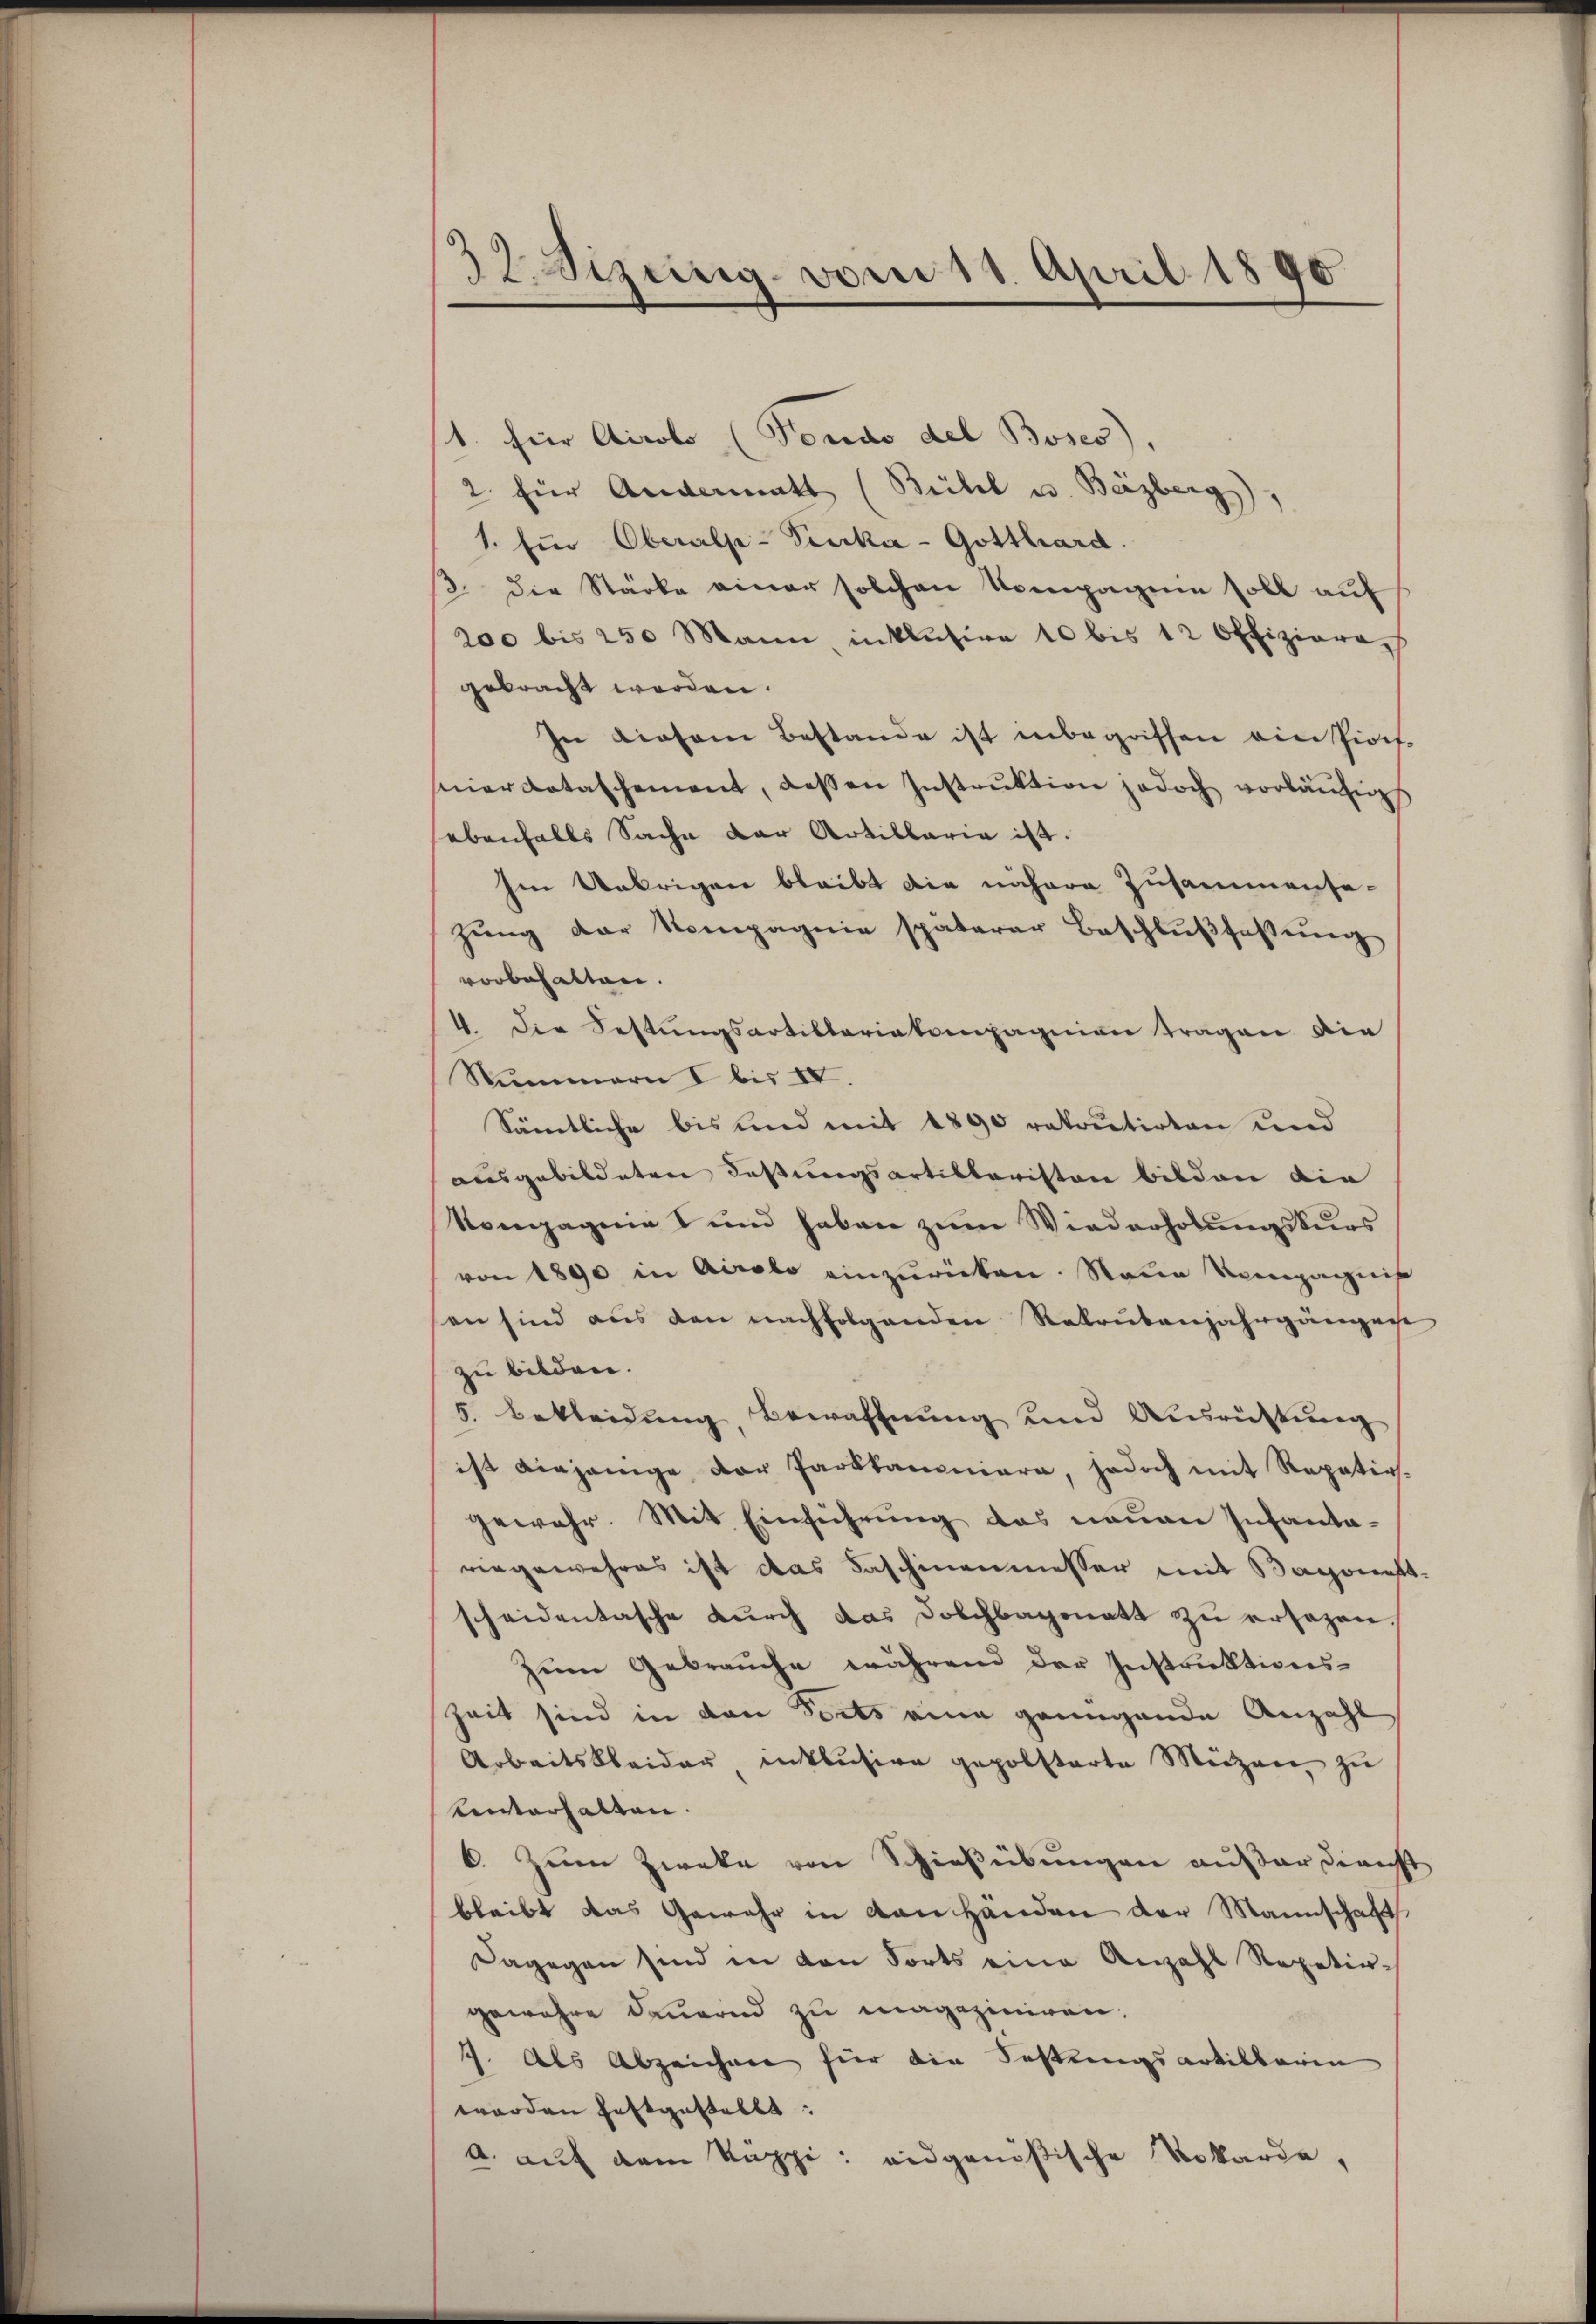
32 Sizung vom 18. April 1890

1. für Airolo (Fondo del Boses).
2. für Andermatt (Beikel u. Bäzberg),
1. für Oberalp-Pika- Gotthard.
2. die Stärke einer solchen Kompagnie soll auf
200 bis 250 Mann inklusive 10 bis 12 Offizierech
gebracht worden.
In Liesem Bestande ist inbegriffen ein Pioit.
nierdotaschement, deßen Instrŭktion jedoch vorläŭfig
ebenfalls Sache der Artillaria ist.
Ien Uebrigen bleibt die nähere Zusammensazung der Nompagnie späterer Beschlußfassung
vorbehalten.
4. Die Festungsartillariaternpagnien tragen die
Nummern I bis IV
Sämtliche bis und mit 1890 ratortirten und
ausgebildeten Festungsartiklaristen bilden die
Kompagnie I und haben zum Wiederholungskurs
von 1890 in Airolo einzurücken. Neue Kompagnis
an sind aus den nachfolgenden Rekrutenjahrgängere
zu bilden.
5. Bekleidŭng, Bewaffnŭng und Ausrichtŭng
ist diejenige der Parkkanoniere, jedoch mit Repetirgewahr. Mit Einführung das neuen Infanta-
vingewahres ist das Faschinenmesser mit Bagonestscheidentasche durch das Dolchbagonett zu ersezen
zum Gebrauche während der Instruktions¬
Zeit sind in den Forts eine genügende Anzahl
Arbeitskleider entbusire gepolsterte Mützen zu
Unterhalten.
6. Zum Zweke von Schießübungen außer dienst
bleibt das Gewehr in von Händen der Mannschaft
Dagegen sind in den Forts eine Anzahl Repetiegewahre Dauernd zu magaziniren.
7. Als Abzeichnee für die Festungsartilbaren
worden festgestellt:
A. auf dem Kuppi: eidgenößische Robarde,